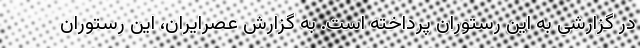
در گزارشی به این رستوران پرداخته است. به گزارش عصرایران، این رستوران